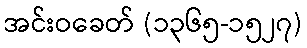
အင်းဝခေတ် (၁၃၆၅-၁၅၂၇)